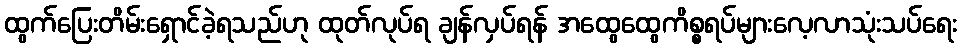
ထွက်ပြေးတိမ်းရှောင်ခဲ့ရသည်ဟု ထုတ်လုပ်ရ ချန်လှပ်ရန် အထွေထွေကိစ္စရပ်များလေ့လာသုံးသပ်ရေး